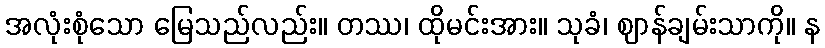
အလုံးစုံသော မြေသည်လည်း။ တဿ၊ ထိုမင်းအား။ သုခံ၊ ဈာန်ချမ်းသာကို။ န